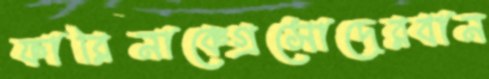
ফারিনাকেগ্রসোদেরবান